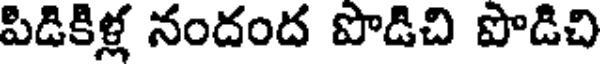
పిడికిళ్ల నందంద పొడిచి పొడిచి